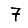
Digit: 7